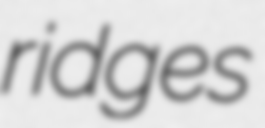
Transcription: ridges